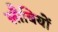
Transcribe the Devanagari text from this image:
लौबियों